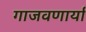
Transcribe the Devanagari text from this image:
गाजवणार्या